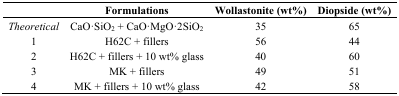
<table><thead><tr><td></td><td><b>Formulations</b></td><td><b>Wollastonite (wt%)</b></td><td><b>Diopside (wt%)</b></td></tr></thead><tbody><tr><td><i>Theoretical</i></td><td>CaO·SiO<sub>2</sub> + CaO·MgO·2SiO<sub>2</sub></td><td>35</td><td>65</td></tr><tr><td>1</td><td>H62C + fillers</td><td>56</td><td>44</td></tr><tr><td>2</td><td>H62C + fillers + 10 wt% glass</td><td>40</td><td>60</td></tr><tr><td>3</td><td>MK + fillers</td><td>49</td><td>51</td></tr><tr><td>4</td><td>MK + fillers + 10 wt% glass</td><td>42</td><td>58</td></tr></tbody></table>